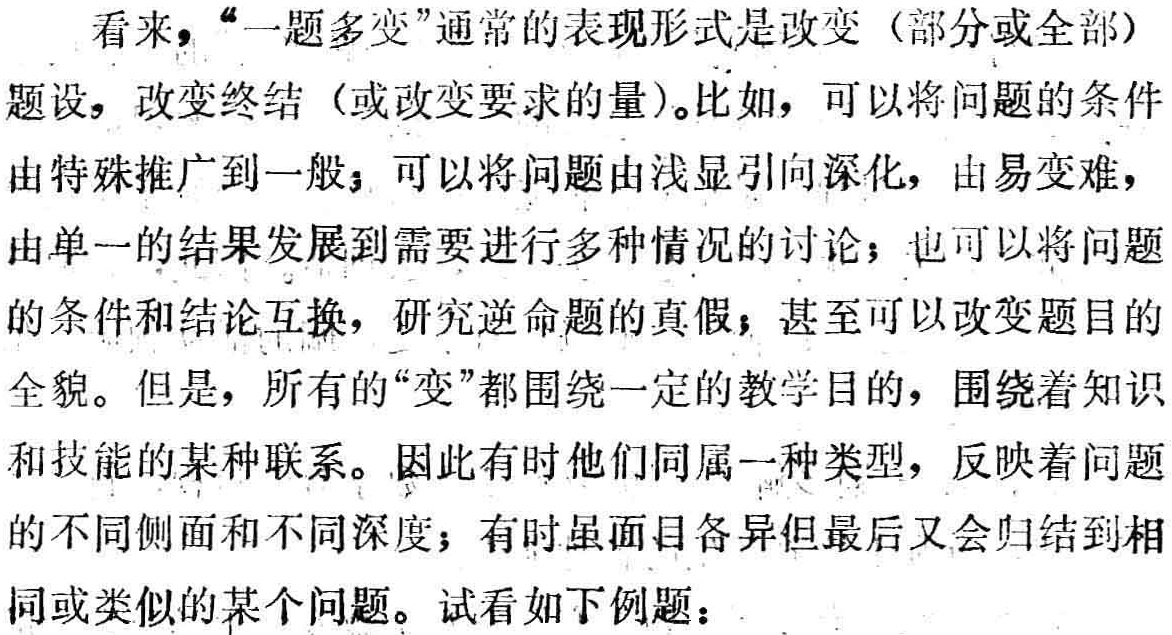
看来，“一题多变”通常的表现形式是改变（部分或全部）题设，改变终结（或改变要求的量）。比如，可以将问题的条件由特殊推广到一般；可以将问题由浅显引向深化，由易变难，由单一的结果发展到需要进行多种情况的讨论；也可以将问题的条件和结论互换，研究逆命题的真假；甚至可以改变题目的全貌。但是，所有的“变”都围绕一定的教学目的，围绕着知识和技能的某种联系。因此有时他们同属一种类型，反映着问题的不同侧面和不同深度；有时虽面目各异但最后又会归结到相同或类似的某个问题。试看如下例题：